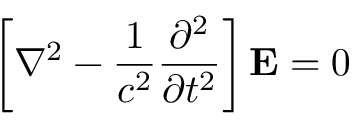
\left[ \nabla ^ { 2 } - { \frac { 1 } { c ^ { 2 } } } { \frac { \partial ^ { 2 } } { \partial t ^ { 2 } } } \right] \mathbf { E } = 0